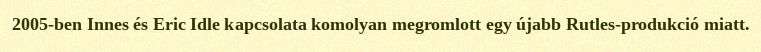
2005-ben Innes és Eric Idle kapcsolata komolyan megromlott egy újabb Rutles-produkció miatt.